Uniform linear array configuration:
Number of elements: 24
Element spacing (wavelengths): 0.5
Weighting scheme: blackman
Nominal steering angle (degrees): -30
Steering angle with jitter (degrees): -28.632
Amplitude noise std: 0.05
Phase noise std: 0.05

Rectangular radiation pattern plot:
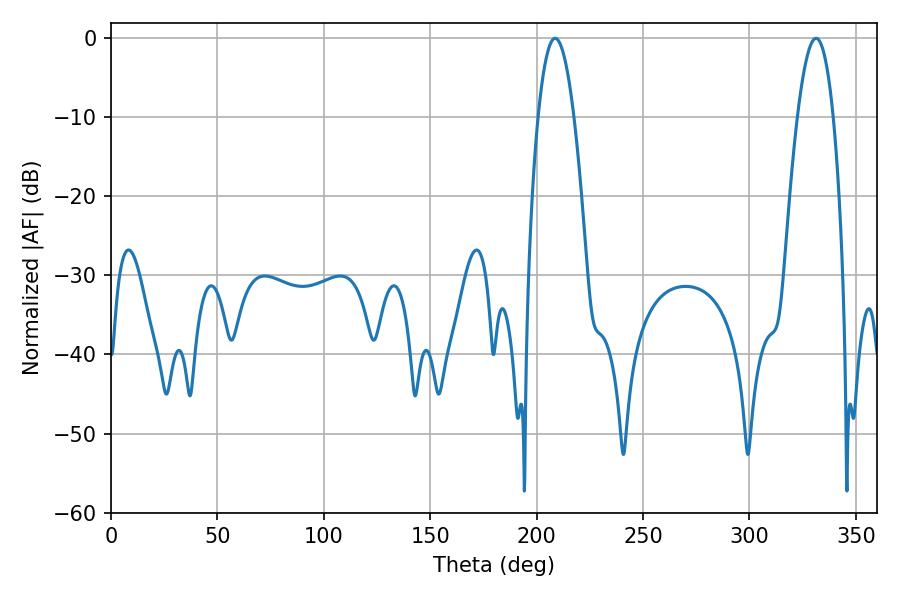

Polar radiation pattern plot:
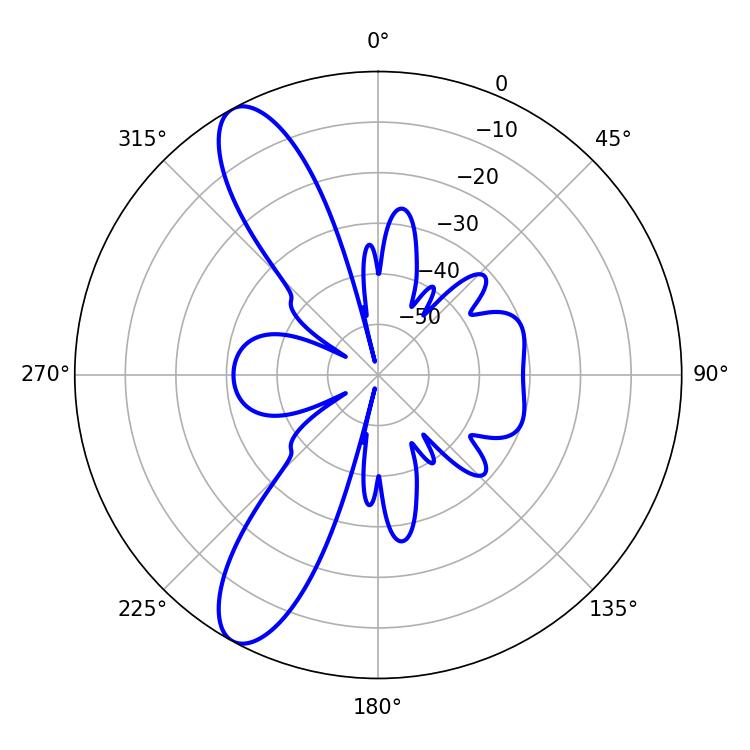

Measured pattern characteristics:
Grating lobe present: FALSE
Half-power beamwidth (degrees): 9.36
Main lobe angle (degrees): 331.38